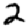
Digit: 2